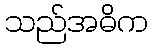
သည်အဓိက